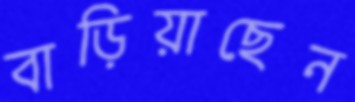
বাড়িয়াছেন